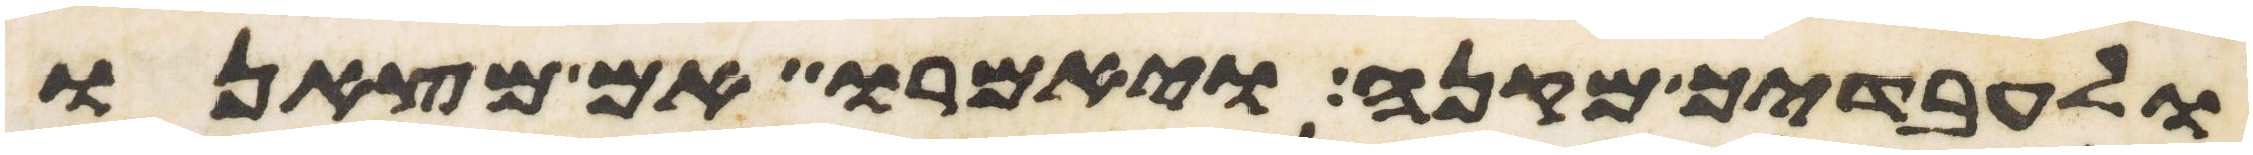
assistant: ולעבדיך מקנה ויאמרו אם מצאנו